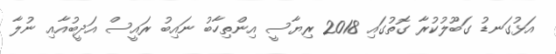
އަޅުގަނޑު ގަބޫލުކުރާ ގޮތުގައި 2018 ރިޔާސީ އިންތިހާބު ނައިބު ރައީސް އަދީބުއާއި ނުލާ